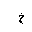
Letter: _kha